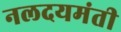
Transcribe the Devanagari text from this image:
नलदयमंती